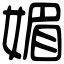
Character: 媚